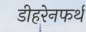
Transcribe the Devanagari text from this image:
डीहरेनफर्थ